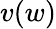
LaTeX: v(w)